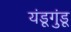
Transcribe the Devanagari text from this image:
यंडूगुंडू